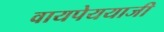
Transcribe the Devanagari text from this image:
वायपेययाजी